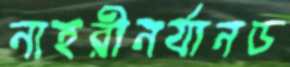
নাহরীনর‍্যানড